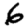
Digit: 6